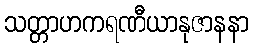
သတ္တာဟကရဏီယာနုဇာနနာ